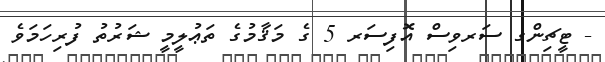
- ޓީޗިންގ ސަރވިސް އޮފިސަރ 5 ގެ މަޤާމުގެ ތަޢުލީމީ ޝަރުތު ފުރިހަމަވެ